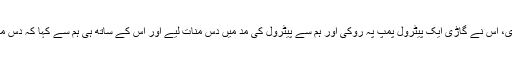
جب ہم اس کی گاڑی میں بیٹھ گءے تو اس کی نیت بدل گءی، اس نے گاڑی ایک پیٹرول پمپ پہ روکی اور ہم سے پیٹرول کی مد میں دس منات لیے اور اس کے ساتھ ہی ہم سے کہا کہ دس منات تو یہ ہوگءے، اب سرحد پہ پہنچ کر باقی دس منات دینا۔